Annual report on the working of the lock hospitals in the North-Western Provinces and Oudh
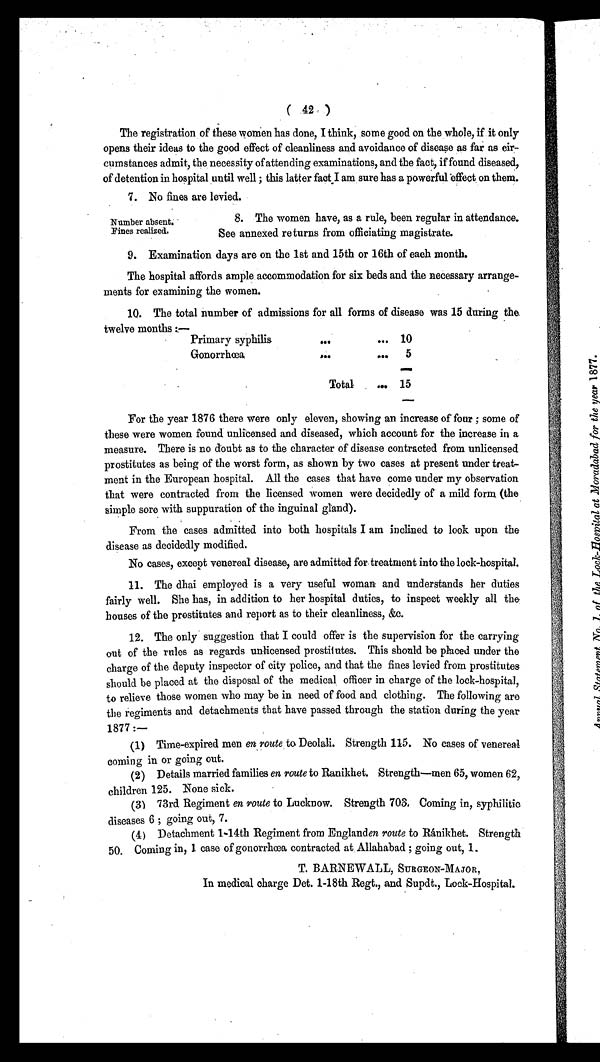
(42)
The registration of these women has done, I think, some good on the whole, if it only
opens their ideas to the good effect of cleanliness and avoidance of disease as far as cir
cumstances admit, the necessity of attending examinations, and the fact, if found diseased,
of detention in hospital until well ; this latter fact I am sure has a powerful effect on them.
7. No fines are levied.
Number absent.
Fines realized.
8. The women have, as a rule, been regular in attendance.
See annexed returns from officiating magistrate.
9. Examination days are on the 1st and 15th or 16th of each month.
The hospital affords ample accommodation for six beds and the necessary arrange
ments for examining the women.
10. The total number of admissions for all forms of disease was 15 during the.
twelve months:—
Primary syphilis
...
. . . 10
Gonorrhœa
. . .
... 5
Total
... 15
For the year 1876 there were only eleven, showing an increase of four ; some of
these were women found unlicensed and diseased, which account for the increase in a
measure. There is no doubt as to the character of disease contracted from unlicensed
prostitutes as being of the worst form, as shown by two cases at present under treat
ment in the European hospital. All the cases that have come under my observation
that were contracted from the licensed women were decidedly of a mild form (the
simple sore with suppuration of the inguinal gland).
From the cases admitted into both hospitals I am inclined to look upon the
disease as decidedly modified.
No cases, except venereal disease, are admitted for treatment into the lock-hospital.
11. The dhai employed is a very useful woman and understands her duties
fairly well. She has, in addition to her hospital duties, to inspect weekly all the
houses of the prostitutes and report as to their cleanliness, &c.
12. The only suggestion that I could offer is the supervision for the carrying
out of the rules as regards unlicensed prostitutes. This should be placed under the
charge of the deputy inspector of city police, and that the fines levied from prostitutes
should be placed at the disposal of the medical officer in charge of the lock-hospital,
to relieve those women who may be in need of food and clothing. The following are
the regiments and detachments that have passed through the station during the year
1877 :—
(1) Time-expired men en route to Deolali. Strength 115. No cases of venereal
coming in or going out.
(2) Details married families en route to Ranikhet. Strength—men 65, women 62,
children 125. None sick.
(3) 73rd Regiment en route to Lucknow. Strength 703. Coming in, syphilitic
diseases 6 ; going out, 7.
(4) Detachment 1-14th Regiment from Englanden route to Ránikhet. Strength
50. Coming in, 1 case of gonorrhœa contracted at . Allahabad ; going out, 1.
T. BARNEWALL, SURGEON-MAJOR,
In medical charge Det. 1-18th Regt., and Supdt., Lock-Hospital.